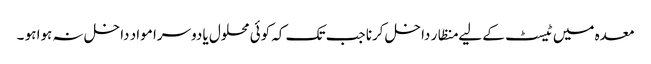
معدہ میں ٹیسٹ کے لیے منظار داخل کرنا جب تک کہ کوئی محلول یا دوسرا مواد داخل نہ ہوا ہو ۔